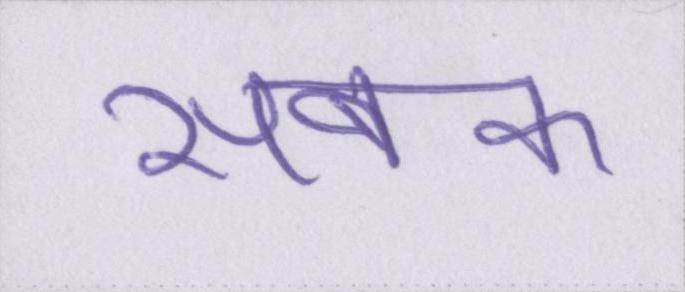
सबक